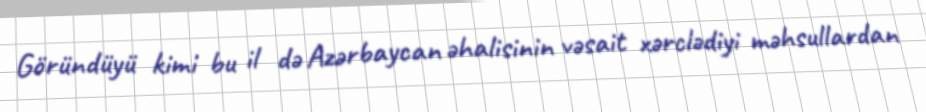
Göründüyü kimi bu il də Azərbaycan əhalisinin vəsait xərclədiyi məhsullardan